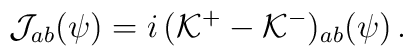
{\cal J}_{ab} (\psi) = i\,({\cal K}^+ - {\cal K}^-)_{ab} (\psi) \,.